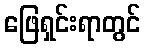
ဖြေရှင်းရာတွင်